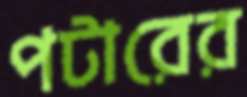
পটারের